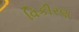
વિકીરણ